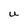
Character: U